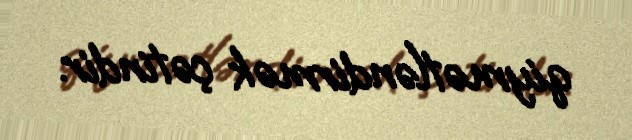
qiymətləndirmək çətindir.